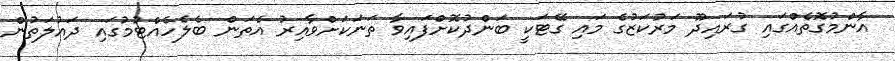
އާންމުގޮތެއްގައި ގުރައިދޫ މަރުކަޒުގެ މައި ގޭޓަކީ ބަންދުކޮށްފައިވާ ތަނަކަށްވާއިރު އެތަން ބެލެހެއްޓުމުގައި ދައުލަތުން